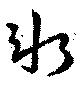
氷